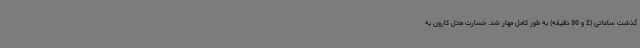
گذشت ساعاتی (2 و 30 دقیقه) به طور کامل مهار شد. خسارت هتل کارون به